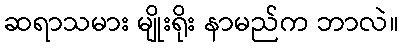
ဆရာသမား မျိုးရိုး နာမည်က ဘာလဲ။